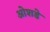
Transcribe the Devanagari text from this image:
ओशडे